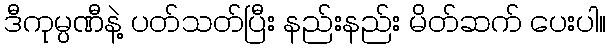
ဒီကုမ္ပဏီနဲ့ ပတ်သတ်ပြီး နည်းနည်း မိတ်ဆက် ပေးပါ။